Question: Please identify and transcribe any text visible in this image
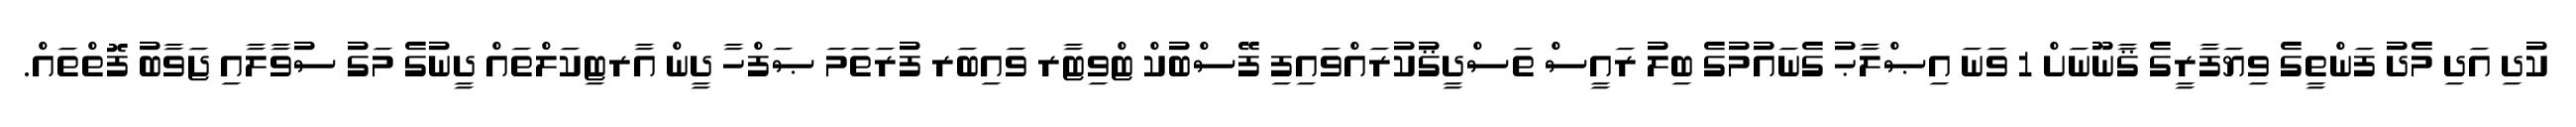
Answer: ކުދި އަދި މެދު ފަންތީގެ ވިޔަފާރީގެ ޤާނޫނަށް 1 ވަނަ އިޞްލާޙު ގެނައުމުގެ ބިލު ރައީސް ތަސްދީޤުކުރައްވައިފި ފޭސްބުކް ޓްވިޓާރ ވައިބަރ ފުރަތަމަ ޞަފްހާ ދީން އާރޓިކަލްތައް ދީނުގެ މަގު ސުވާލާއި ޖަވާބު ފޮތްތައް.